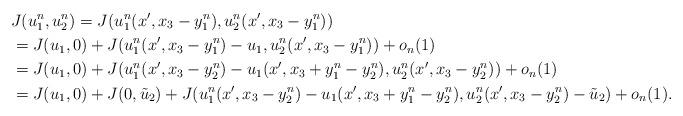
LaTeX: \begin{align*}&J(u_1^n ,u_2^n)=J(u_1^n(x', x_3-y_1^n), u_2^n(x', x_3-y_1^n)) \\&=J(u_1, 0)+ J(u_1^n(x', x_3-y_1^n)-u_1, u_2^n(x', x_3-y_1^n))+ o_n(1) \\&=J(u_1, 0)+ J(u_1^n(x', x_3-y_2^n)-u_1(x', x_3+y_1^n-y_2^n), u_2^n(x', x_3-y_2^n))+ o_n(1) \\&=J(u_1, 0)+ J(0, \tilde{u}_2) + J(u_1^n(x', x_3-y_2^n)-u_1(x', x_3+y_1^n-y_2^n), u_2^n(x', x_3-y_2^n)-\tilde{u}_2) + o_n(1).\end{align*}